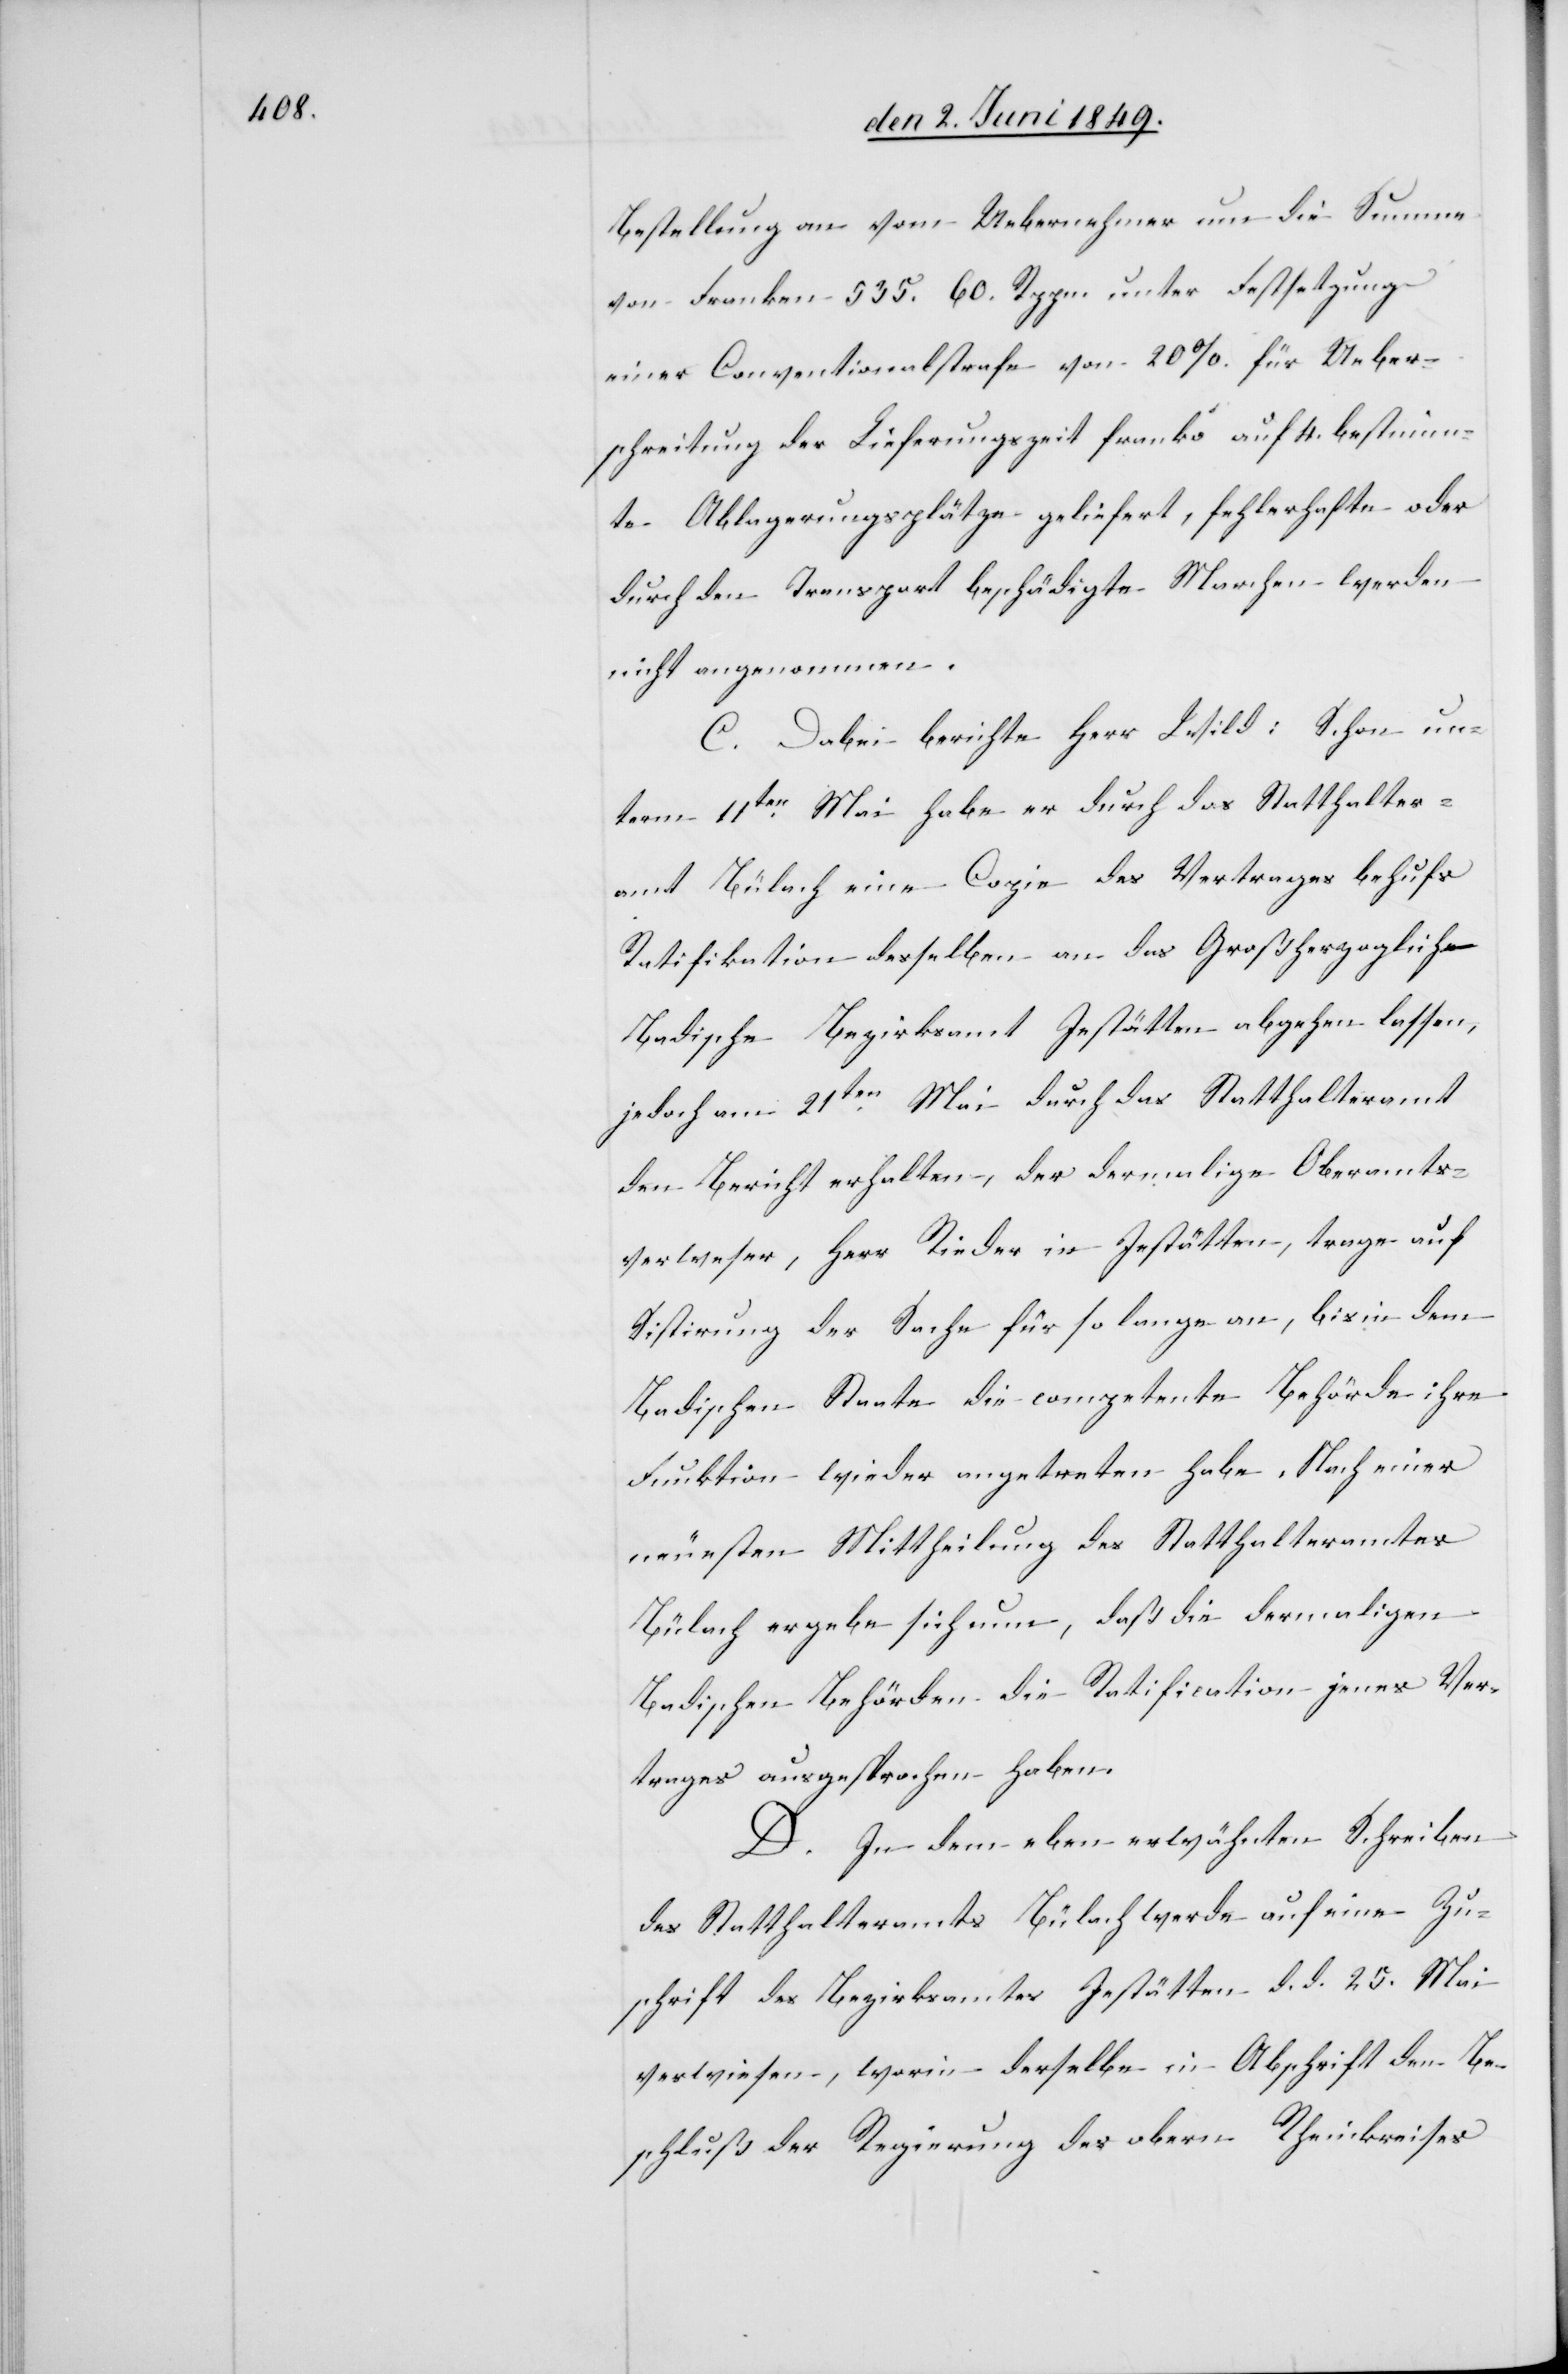
Bestellung an vom Uebernehmer um die Summe
von Franken 535. 60. Rppn. unter Festsetzung
einer Conventionalstrafe von 20%. für Ueber¬
schreitung der Lieferungszeit franko auf 4. bestimm¬
te Ablagerungsplätze geliefert, fehlerhafte oder
durch den Transport beschädigte Marchen werden
nicht angenommen.
C. Dabei berichte Herr Wild: Schon un¬
term 11ten Mai habe er durch das Statthalter¬
amt Bülach eine Copie des Vertrages behufs
Ratifikation desselben an das Großherzoglich
Badische Bezirksamt Jestätten abgehen lassen,
jedoch am 21ten Mai durch das Statthalteramt
den Bericht erhalten, der dermalige Oberamts¬
verweser, Herr Rieder in Jestätten, trage auf
Sistirung der Sache für so lange an, bis in dem
Badischen Staate die competente Behörde ihre
Funktion wieder angetreten habe. Nach einer
neuesten Mittheilung des Statthalteramtes
Bülach ergebe sich nun, daß die dermaligen
Badischen Behörden die Ratification jenes Ver¬
trages ausgesprochen haben.
D. In dem eben erwähnten Schreiben
des Statthalteramtes Bülach werde auf eine Zu¬
schrift des Bezirksamtes Jestätten d. d. 25. Mai
verwiesen, worin derselbe in Abschrift den Be¬
schluß der Regierung des obern Rheinkreises